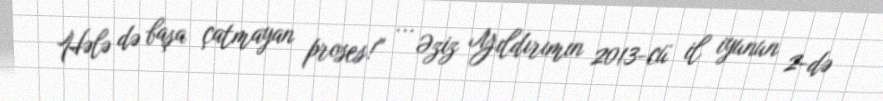
Hələ də başa çatmayan proses!” ... Əziz Yıldırımın 2013-cü il iyunun 2-də